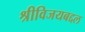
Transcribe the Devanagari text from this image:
श्रीविजयबद्दल